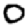
Digit: 0